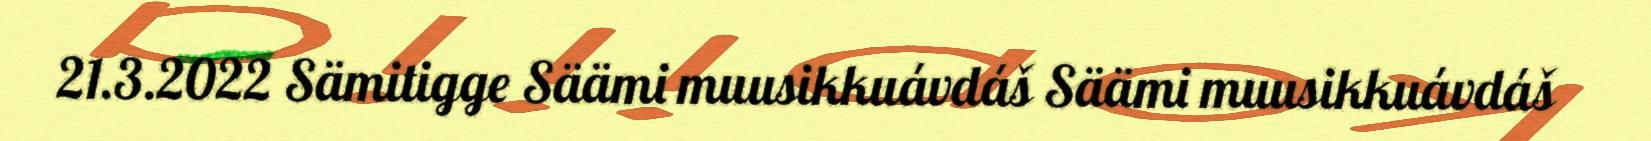
21.3.2022 Sämitigge Säämi muusikkuávdáš Säämi muusikkuávdáš